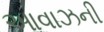
આવાઝની